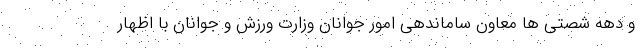
و دهه شصتی ها معاون ساماندهی امور جوانان وزارت ورزش و جوانان با اظهار